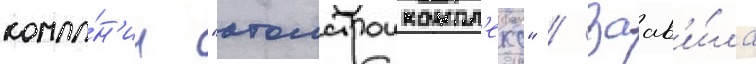
компа́н'ии "атомстроикомпл'екс" / заав'и́ла